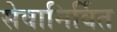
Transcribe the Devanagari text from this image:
सेवानिर्वित